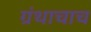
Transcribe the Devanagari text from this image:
ग्रंथाचाच